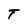
Character: T